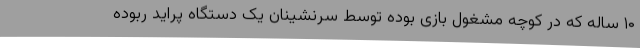
۱۰ ساله که در کوچه مشغول بازی بوده توسط سرنشینان یک دستگاه پراید ربوده